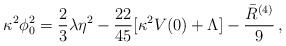
LaTeX: \begin{align*}\kappa^2\phi_0^2 = {2\over 3}\lambda\eta^2-{22\over 45}[\kappa^2V(0)+\Lambda ]-{\bar{R}^{(4)} \over 9}\,,\end{align*}